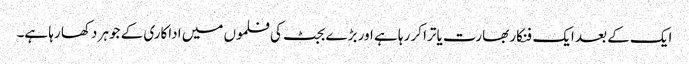
ایک کے بعد ایک فنکار بھارت یاترا کر رہا ہے اور بڑے بجٹ کی فلموں میں اداکاری کے جوہر دکھا رہا ہے۔